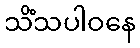
သိံသပါဝနေ